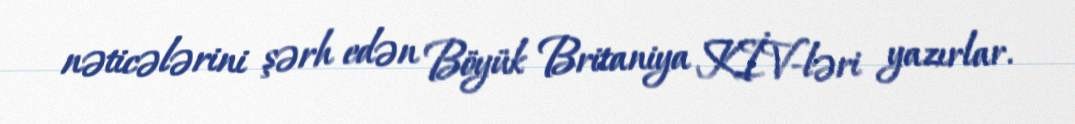
nəticələrini şərh edən Böyük Britaniya KİV-ləri yazırlar.